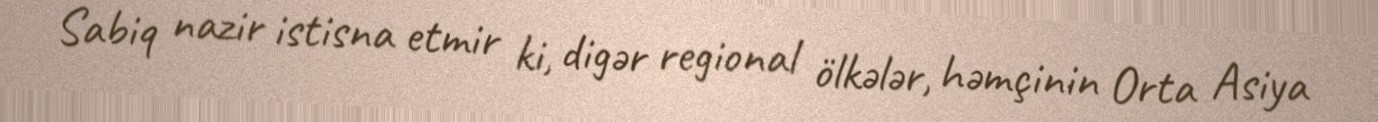
Sabiq nazir istisna etmir ki, digər regional ölkələr, həmçinin Orta Asiya